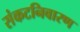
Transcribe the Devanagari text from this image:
संकटनिवारण